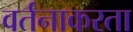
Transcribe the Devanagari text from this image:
वर्तनाकरता